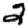
Digit: 2